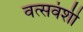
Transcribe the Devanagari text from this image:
वत्सवंशी